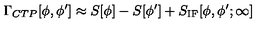
\Gamma _ { C T P } [ \phi , \phi ^ { \prime } ] \approx S [ \phi ] - S [ \phi ^ { \prime } ] + S _ { \mathrm { I F } } [ \phi , \phi ^ { \prime } ; \infty ]